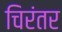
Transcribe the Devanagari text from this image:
चिरंतर